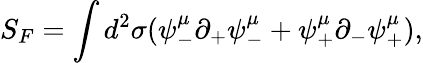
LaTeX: S_{F}=\int d^{2}\sigma(\psi_{-}^{\mu}\partial_{+}\psi_{-}^{\mu}+\psi_{+}^{\mu}\partial_{-}\psi_{+}^{\mu}),